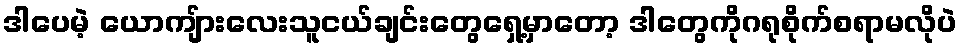
ဒါပေမဲ့ ယောကျ်ားလေးသူငယ်ချင်းတွေရှေ့မှာတော့ ဒါတွေကိုဂရုစိုက်စရာမလိုပဲ